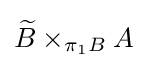
{\widetilde {B}}\times _{\pi _{1}B}A